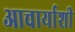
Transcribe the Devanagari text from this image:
आचार्याशी